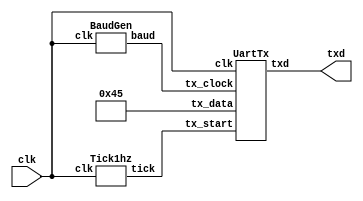
// Adapted from https://github.com/pConst/basic_verilog/UartTxExtreme.v

module top (
    input clk,      // 50 MHz
    output txd      // UART tx pin
);

wire tick, baud;
Tick1hz U1(.clk(clk), .tick(tick));
BaudGen U2(.clk(clk), .baud(baud));

UartTx U3(
    .clk(clk),
    .tx_clock(baud),
    .tx_data(8'h45), // "E"
    .tx_start(tick),
    .txd(txd)
);

endmodule // top

module Tick1hz (
    input clk,      // 50 MHz
    output tick     // one short pulse every 1s
);

reg [31:0] counter = 0;
always @(posedge clk)
    if (counter == 50000000-1)
        counter <= 0;
    else
        counter <= counter + 1;
assign tick = counter == 0;

endmodule // Tick1hz

module BaudGen (
    input clk,      // 50 MHz
    output baud     // 115.2 KHz (approx)
);

reg [8:0] tx_sample_cntr = 0;
always @(posedge clk)
    if (tx_sample_cntr == 0)
        tx_sample_cntr <= 50000000/115200-1;
    else
        tx_sample_cntr <= tx_sample_cntr - 1;
assign baud = tx_sample_cntr == 0;

endmodule // BaudGen

module UartTx (
    input clk,              // 50 MHz
    input tx_clock,         // 115.2 KHz
    input [7:0] tx_data,    // byte to send
    input tx_start,         // start sending
    output tx_busy,         // is busy sending
    output reg txd = 1      // uart tx pin
);

reg [9:0] tx_shifter = 0;
always @(posedge clk) begin
    if (tx_start && ~tx_busy)
        tx_shifter <= { 1'b1, tx_data, 1'b0 };
    if (tx_clock && tx_busy)
        { tx_shifter, txd } <= tx_shifter;
end
assign tx_busy = tx_shifter != 0;

endmodule // UartTx